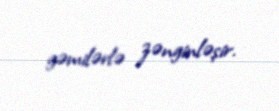
gəmilərlə zənginləşir.